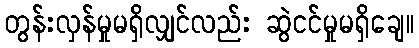
တွန်းလှန်မှုမရှိလျှင်လည်း ဆွဲငင်မှုမရှိချေ။